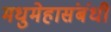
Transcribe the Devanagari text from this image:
मधुमेहासंबंधी